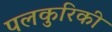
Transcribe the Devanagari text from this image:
पलकुरिकी